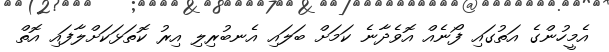
އެމީހުންގެ އަތުގައި ފޯނެއް އޮވެދާނެ ކަމަށް ބަލައި އެނބުރިލި އިރު ކޮތަޅަކަށްލާފައި އޮތް